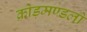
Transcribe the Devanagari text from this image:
क्रोड़मण्डलों